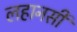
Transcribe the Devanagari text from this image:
लहानसी